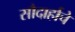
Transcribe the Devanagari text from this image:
सौदार्हाचे